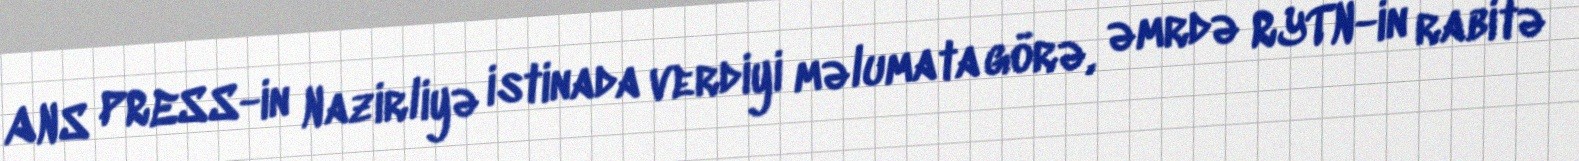
ANS PRESS-in Nazirliyə istinada verdiyi məlumata görə, əmrdə RYTN-in rabitə